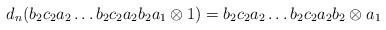
\begin{align*}d_n(b_2c_2a_2 \dots b_2c_2a_2b_2a_1 \otimes 1) = b_2c_2a_2 \dots b_2c_2a_2b_2 \otimes a_1\end{align*}